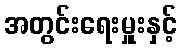
အတွင်းရေးမှူးနှင့်